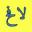
لافح